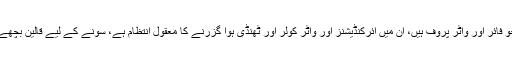
مثلاً آپ منیٰ کے خیمے میں ہیں جو فائر اور واٹر پروف ہیں، اُن میں ائرکنڈیشنز اور واٹر کولر اور ٹھنڈی ہوا گزرنے کا معقول انتظام ہے، سونے کے لیے قالین بچھے ہیں اور اُن پر فوم کے گدے بھی۔